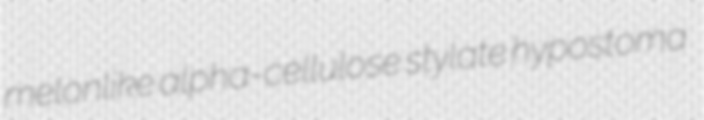
melonlike alpha-cellulose stylate hypostoma